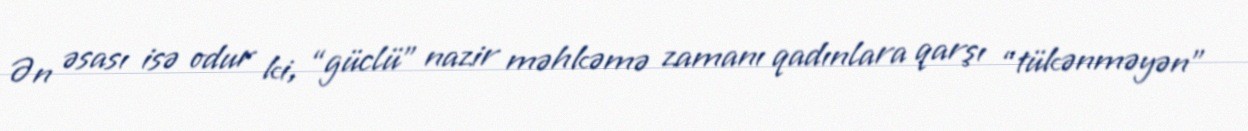
Ən əsası isə odur ki, “güclü” nazir məhkəmə zamanı qadınlara qarşı “tükənməyən”